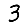
Digit: 3